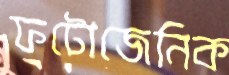
ফটোজেনিক